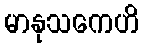
မာနုသကေဟိ